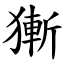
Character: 獑